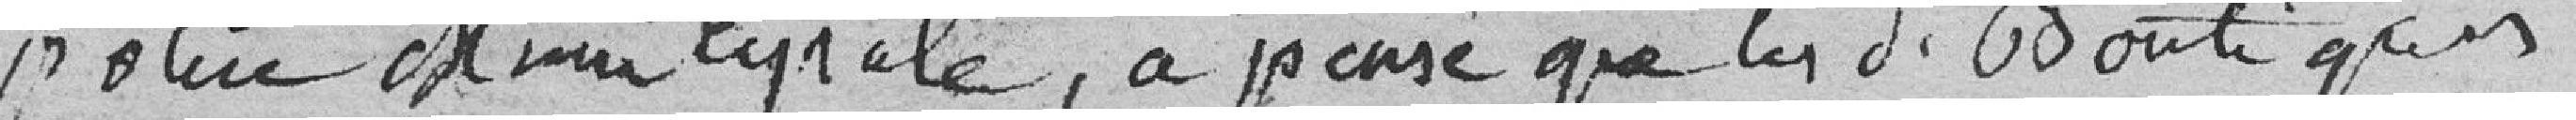
police Municipale, a pensé que les présentes boutiques